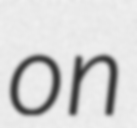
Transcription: on